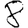
Digit: 8